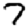
Digit: 7